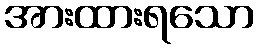
အားထားရသော